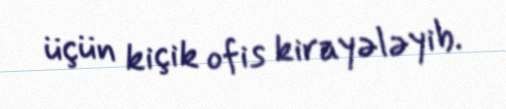
üçün kiçik ofis kirayələyib.